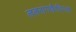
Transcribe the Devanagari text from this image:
ललनागणैरधिगतो